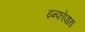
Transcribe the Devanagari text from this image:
इन्फोपाथ